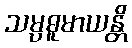
သမ္ပဓူမာယန္တိ